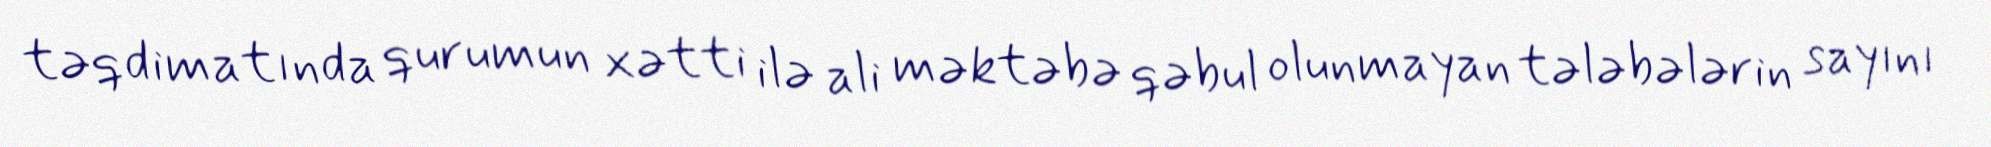
təqdimatında qurumun xətti ilə ali məktəbə qəbul olunmayan tələbələrin sayını